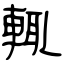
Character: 輒